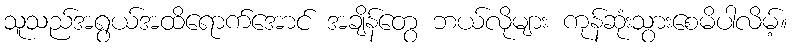
သူသည်အရွယ်အထိရောက်အောင် အချိန်တွေ ဘယ်လိုများ ကုန်ဆုံးသွားစေမိပါလိမ့်။